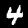
Digit: 4